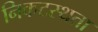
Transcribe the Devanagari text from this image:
निकटस्थता